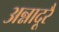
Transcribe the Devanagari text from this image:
अन्नादूरै